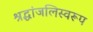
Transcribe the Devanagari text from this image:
श्रद्धांजलिस्वरूप